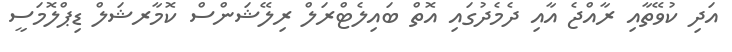
އަދި ކުވޭތާއި ރާއްޖެ އާއި ދެމެދުގައި އޮތް ބައިލެޓްރަލް ރިލޭޝަންސް ކޮމާރޝަލް ޑިޕްލޮމަސީ